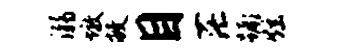
溺墩敝目茫蹶炫